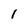
Character: 1